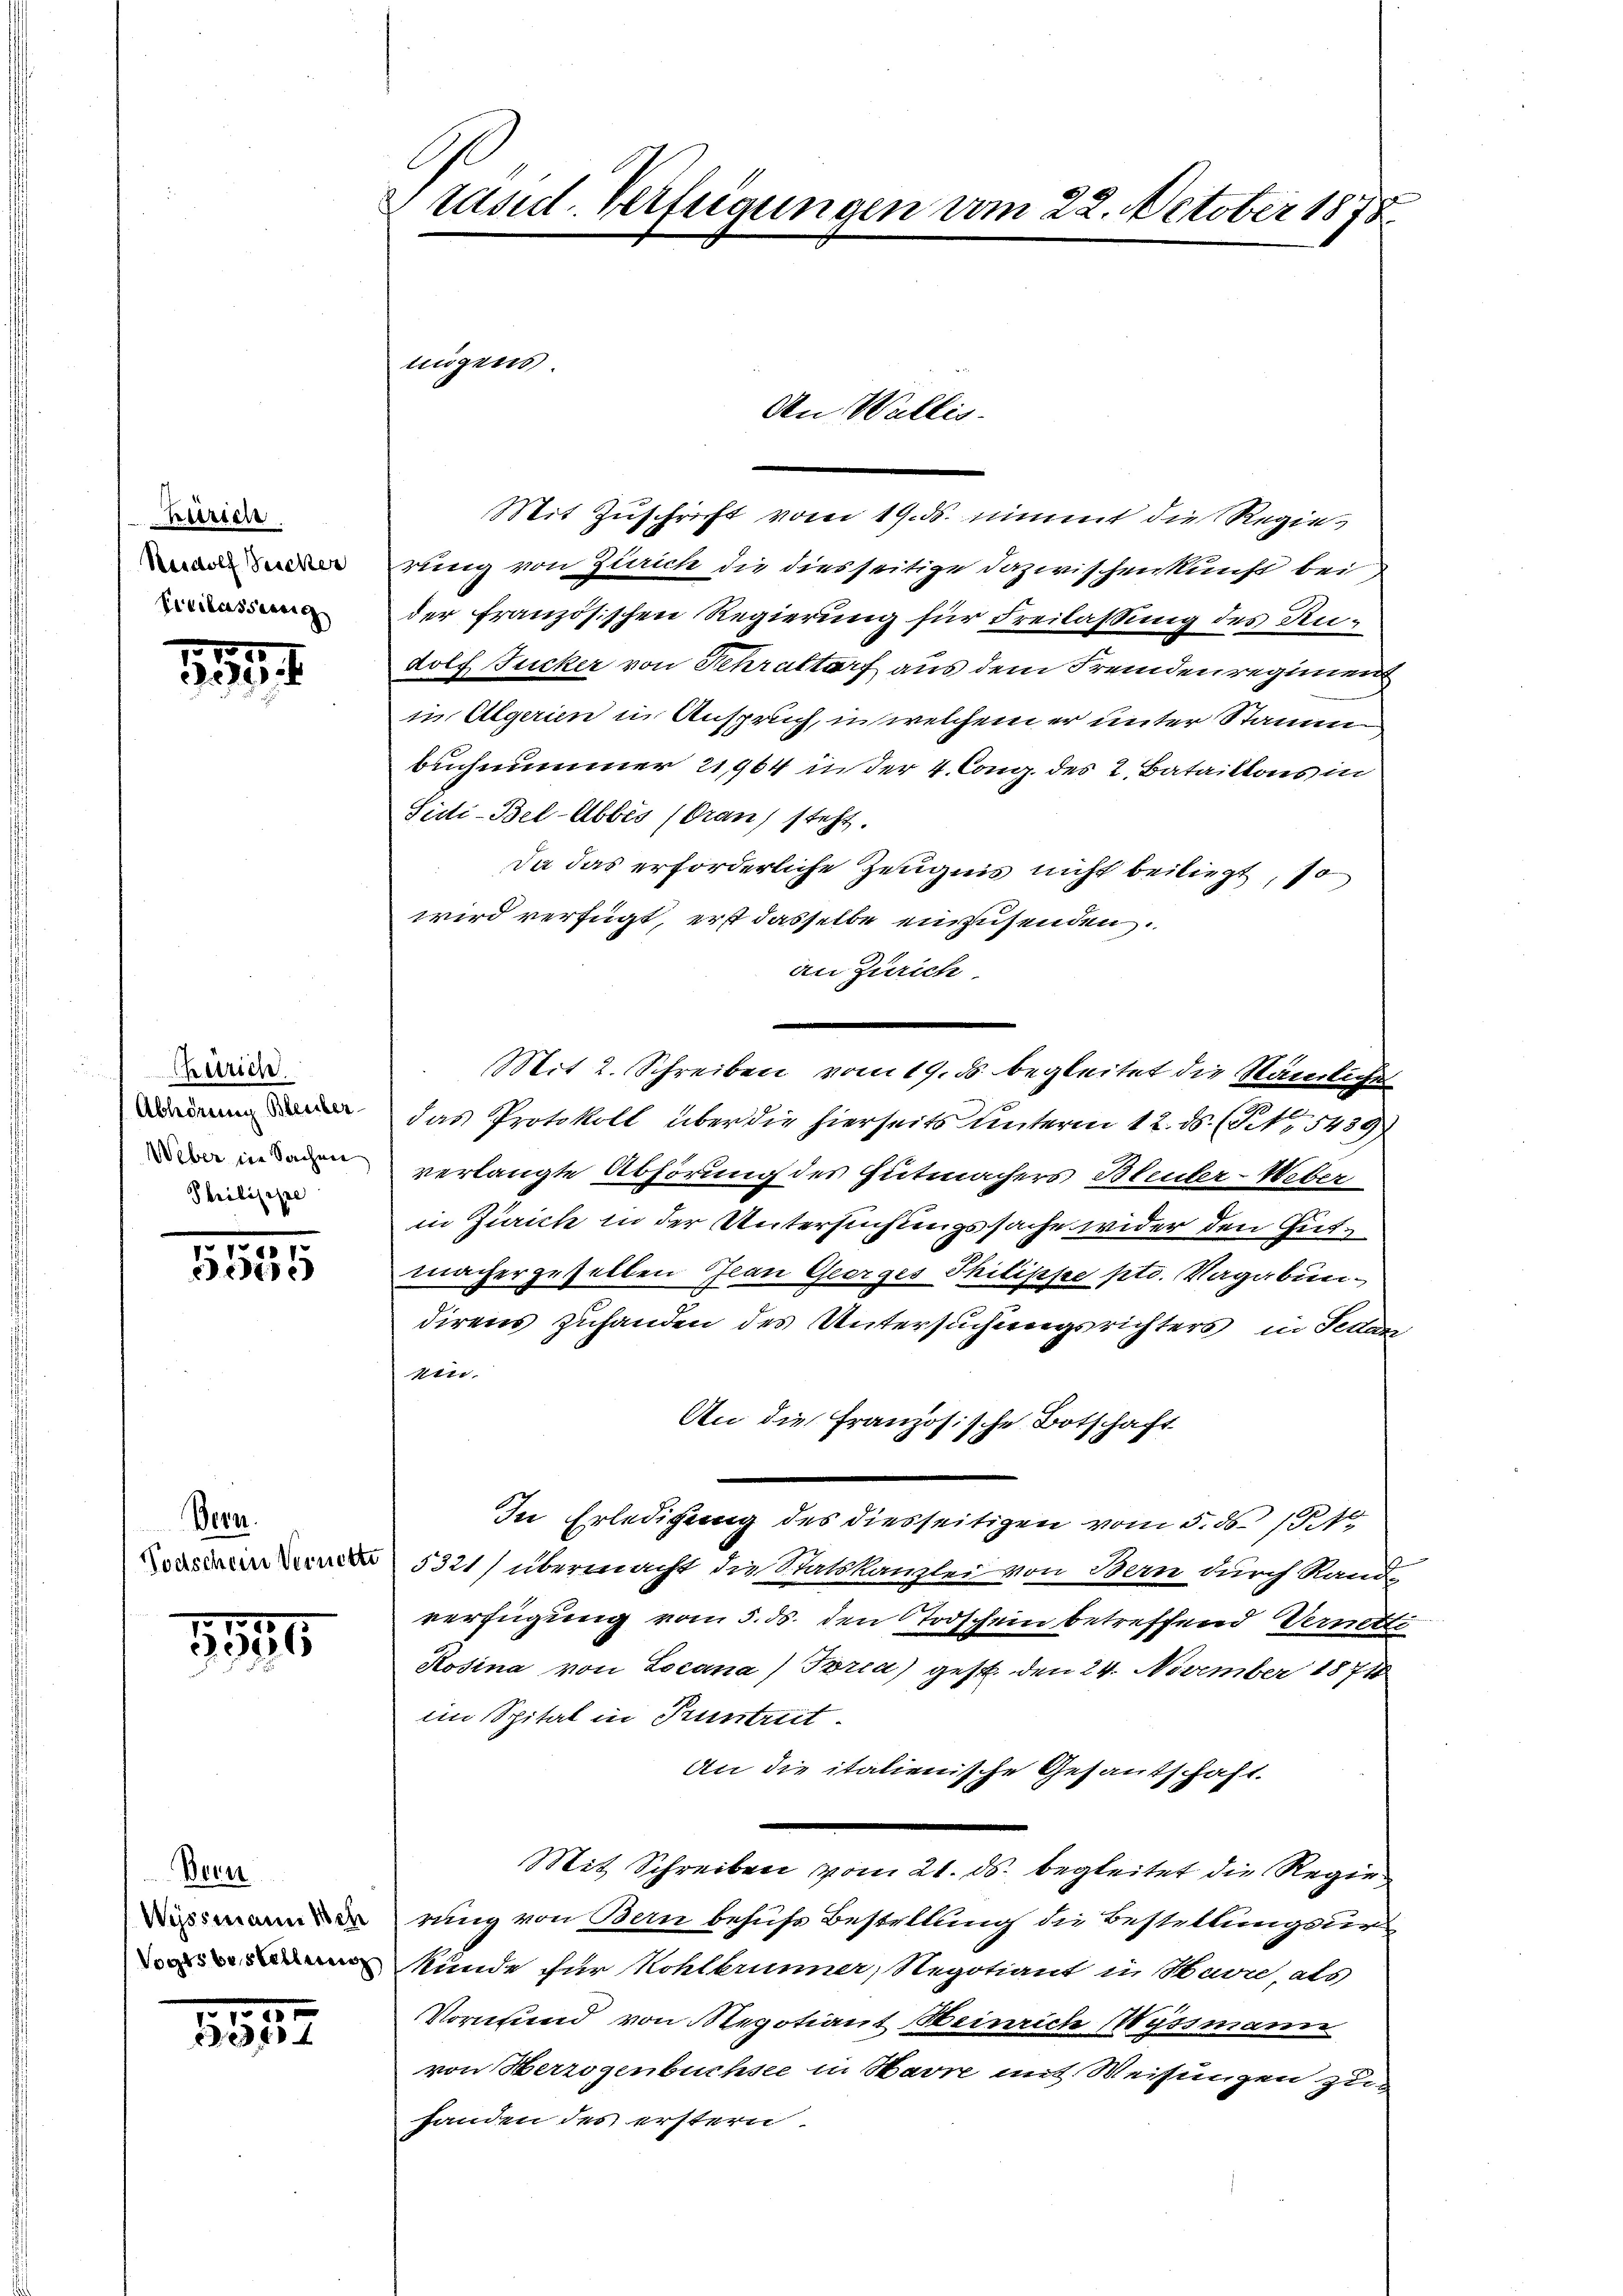
Zürich
Resolf Bescher
Civilasserrich

.

Cherrich
Abhörung Bleiber
Weber in Sachen
Philisirte

5535

Bern.
Todschein Vernette

534

Bren
Wyssmann Sch
Vogts bestellung

10 000
334

Präsid. Verfügungen vom 22. October 1878

lingens

Mit Zuschrift vom 19. ds. nimmt die Regierung von Zürich die diesseitige Dazwischenkunft bei
der französischen Regierung für Freilassung des Rudolf Jucker von Schrattarf aus dem Fremden regiment
in Algerien in Anspruch, in welchem er unter Stammen
beichnumer 1904 in der 4. long des 2 Bataillons in
Siti-Bel-Abbes (Gran steht.
Da das erforderliche Zeugnis nicht beiliegt, so
wird verfügt, erst dasselbe einzusenden.
an Zürich
Mit 2. Schreiben vom 19. ds. begleitet die Stämmliches
das Protokoll über die hierseits unterm 12. ds. (S. 5439
verlangte Abhörung des Gutmachers Bleuler-Ueber
in Zürich in der Untersuchungssache wider den Gutmachergesellen Jean Georges Philipse ptr. Vagabundirens zuhanden des Untersuchungsrichters in Fedan
ein
An die Französische Botschaft
In Erledigung des diesseitigen vom 5. ds 1814
5321) übermacht die Statskanzlei von Bern durch Randverfügung vom 5. ds. den Todschein betreffend Vernette
Rosina von Locana) Tria) gest. den 24. November 1877
im Spital in Pruntrit
An die italienische Gesantschaft.
Mit Schreiben vom 21. ds. begleitet die Regierung von Bern behufs Bestellung die Bestellungsur
kunde für Kohlbrunner, Regotiant in Havre als
Vormund von Negotiant Heinrich Wyssmann
von Herzogenbuchsee in Havre mit Weisungen zuhanden des erstern.

An Wallis.